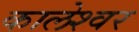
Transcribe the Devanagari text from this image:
कालेश्‍वर